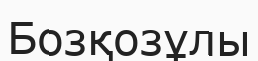
Бозқозұлы